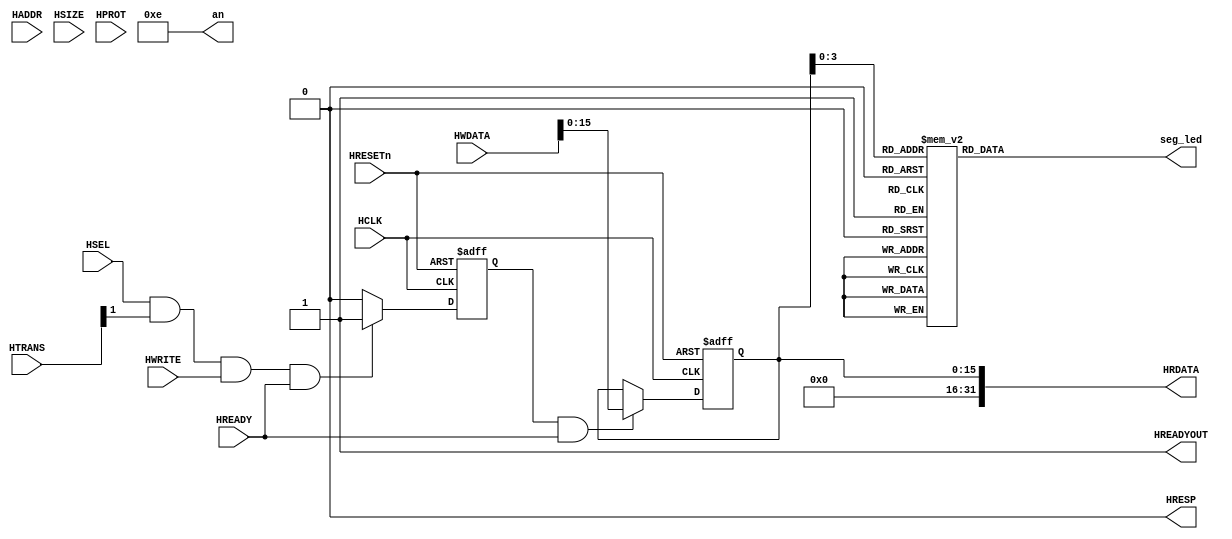
module AHBlite_SEG(
    input  wire          HCLK,    
    input  wire          HRESETn, 
    input  wire          HSEL,    
    input  wire   [31:0] HADDR,   
    input  wire    [1:0] HTRANS,  
    input  wire    [2:0] HSIZE,   
    input  wire    [3:0] HPROT,   
    input  wire          HWRITE,  
    input  wire   [31:0] HWDATA,   
    input  wire          HREADY, 
    output wire          HREADYOUT, 
    output wire   [31:0] HRDATA,  
    output wire          HRESP,
    output reg    [7:0]	 seg_led,     // 
	 output wire	  [3:0]  an			  // 
);

assign HRESP = 1'b0;
assign HREADYOUT = 1'b1;

wire write_en;
assign write_en = HSEL & HTRANS[1] & HWRITE & HREADY;

reg wr_en_reg;
always @ (posedge HCLK or negedge HRESETn) begin
    if (~HRESETn) wr_en_reg <= 1'b0;
    else if (write_en) wr_en_reg <= 1'b1;
    else wr_en_reg <= 1'b0;
end
 
// 
reg [15:0]	DATA;
always @(posedge HCLK or negedge HRESETn)
begin
  if(!HRESETn)
    DATA <= 16'h0000;
  else if(wr_en_reg && HREADY)
    DATA <= HWDATA[15:0];
end

//
reg [15:0] counter;
reg scan_clk;

always @(posedge HCLK or negedge HRESETn)
begin
  if(!HRESETn)
    begin
      counter <= 16'h0000;
	  scan_clk<= 1'b0;
    end
  else
	begin
	  if(counter==16'h7000)
		begin
		  scan_clk <= ~scan_clk;
		  counter  <= 16'h0000;
		end 
	  else
	    counter <= counter + 1'b1;
    end 
end

reg [3:0] ring = 4'b1110;   //  
assign an = ring; 
/*
always @(posedge scan_clk or negedge HRESETn)
  begin
    if(!HRESETn)
		ring <= 4'b1110;
	else
		ring <= {ring[2:0],ring[3]};     //
end
*/
// 
wire [3:0] code;

assign code =
  (ring == 4'b1110) ? DATA[3:0]   :
  (ring == 4'b1101) ? DATA[7:4]   :
  (ring == 4'b1011) ? DATA[11:8]  :
  (ring == 4'b0111) ? DATA[15:12] :
  4'b0000;

always @(*)
case (code)  
    4'h0 : seg_led = 8'h3f;
    4'h1 : seg_led = 8'h06;
    4'h2 : seg_led = 8'h5b;
    4'h3 : seg_led = 8'h4f;
    4'h4 : seg_led = 8'h66;
    4'h5 : seg_led = 8'h6d;
    4'h6 : seg_led = 8'h7d;
    4'h7 : seg_led = 8'h07;
    4'h8 : seg_led = 8'h7f;
    4'h9 : seg_led = 8'h6f;
    4'ha : seg_led = 8'h77;
    4'hb : seg_led = 8'h7c;
    4'hc : seg_led = 8'h39;
    4'hd : seg_led = 8'h5e;
    4'he : seg_led = 8'h79;
    4'hf : seg_led = 8'h71;
    default :seg_led = 8'h00;
endcase

assign HRDATA = {16'b0, DATA};

endmodule